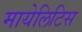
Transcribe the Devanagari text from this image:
मायेलिटिस